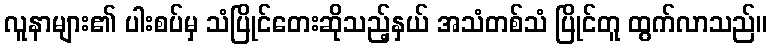
လူနာများ၏ ပါးစပ်မှ သံပြိုင်တေးဆိုသည့်နှယ် အသံတစ်သံ ပြိုင်တူ ထွက်လာသည်။